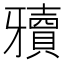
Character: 𰠥